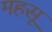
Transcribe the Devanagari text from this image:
महसू